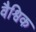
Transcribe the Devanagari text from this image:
वैश्विक